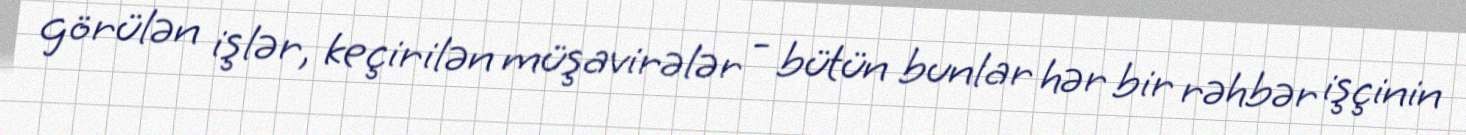
görülən işlər, keçirilən müşavirələr - bütün bunlar hər bir rəhbər işçinin